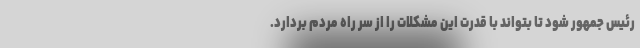
رئیس جمهور شود تا بتواند با قدرت این مشکلات را از سر راه مردم بردارد.